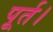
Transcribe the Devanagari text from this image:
पूर्त।